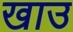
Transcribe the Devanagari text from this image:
खाउ